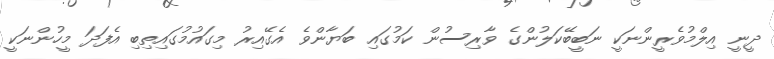
ދީނީ އިލްމުވެރީންނަކީ ނަބީބޭކަލުންގެ ވާރިސުން ކަމުގައި ބަޔާންވެ އެގޭއިރު މިގައުމުގައިތިބި އެފަދަ މީހުންނަކީ